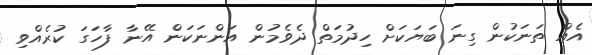
އެއް ތަނަކުން ގިނަ ބަޔަކަށް ހިދުމަތް ދެވެމުން އަންނަކަން އޭނާ ފާހަގަ ކުރެއްވި